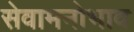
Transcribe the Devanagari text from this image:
सेवामनोभाव